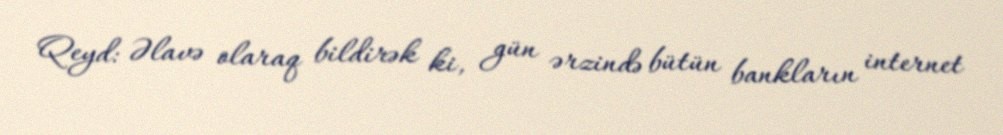
Qeyd: Əlavə olaraq bildirək ki, gün ərzində bütün bankların internet